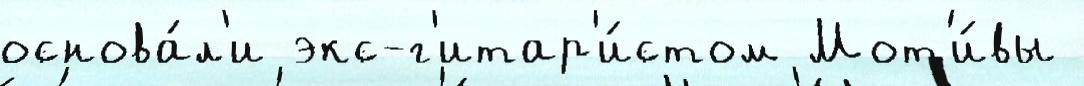
основа́л'и экс-г'итар'и́стом Мот'и́вы